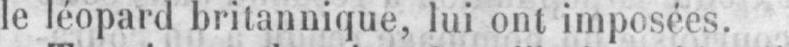
le léopard britannique, lui ont imposées.